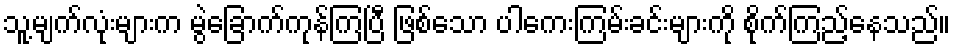
သူ့မျက်လုံးများက မွဲခြောက်ကုန်ကြပြီ ဖြစ်သော ပါကေးကြမ်းခင်းများကို စိုက်ကြည့်နေသည်။